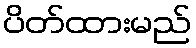
ပိတ်ထားမည်